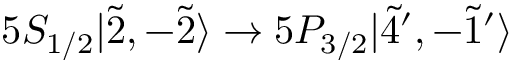
5 S _ { 1 / 2 } | \Tilde { 2 } , - \Tilde { 2 } \rangle \rightarrow 5 P _ { 3 / 2 } | \Tilde { 4 } ^ { \prime } , - \Tilde { 1 } ^ { \prime } \rangle